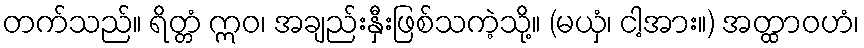
တက်သည်။ ရိတ္တံ ဣဝ၊ အချည်းနှီးဖြစ်သကဲ့သို့။ (မယှံ၊ ငါ့အား။) အတ္ထာဝဟံ၊